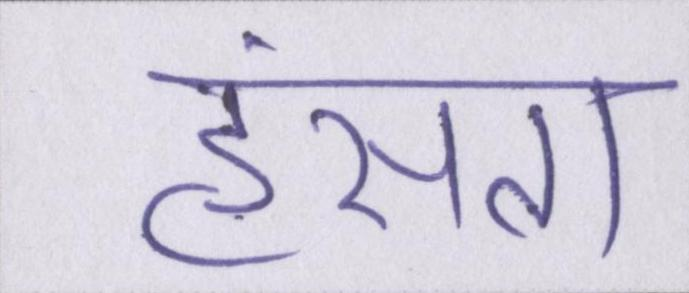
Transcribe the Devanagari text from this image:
हंसता